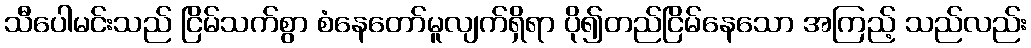
သီပေါမင်းသည် ငြိမ်သက်စွာ စံနေတော်မူလျက်ရှိရာ ပို၍တည်ငြိမ်နေသော အကြည့် သည်လည်း